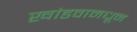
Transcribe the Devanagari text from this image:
खांडवामधून